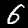
Label: 6